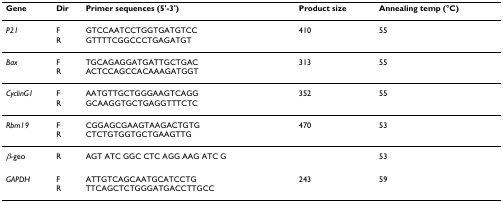
| Gene | Dir | Primer sequences (5'-3') | Product size | Annealing temp (°C) |
 | --- | --- | --- | --- | --- |
 | P21 | FR | GTCCAATCCTGGTGATGTCCGTTTTCGGCCCTGAGATGT | 410 | 55 |
 | Bax | FR | TGCAGAGGATGATTGCTGACACTCCAGCCACAAAGATGGT | 313 | 55 |
 | CyclinG1 | FR | AATGTTGCTGGGAAGTCAGGGCAAGGTGCTGAGGTTTCTC | 352 | 55 |
 | Rbm19 | FR | CGGAGCGAAGTAAGACTGTGCTCTGTGGTGCTGAAGTTG | 470 | 53 |
 | β-geo | R | AGT ATC GGC CTC AGG AAG ATC G |  | 53 |
 | GAPDH | FR | ATTGTCAGCAATGCATCCTGTTCAGCTCTGGGATGACCTTGCC | 243 | 59 |